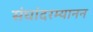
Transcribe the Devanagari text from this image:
संघांदरम्यानन